Indian journal of veterinary science and animal husbandry - Volume 4,
Year: 1934
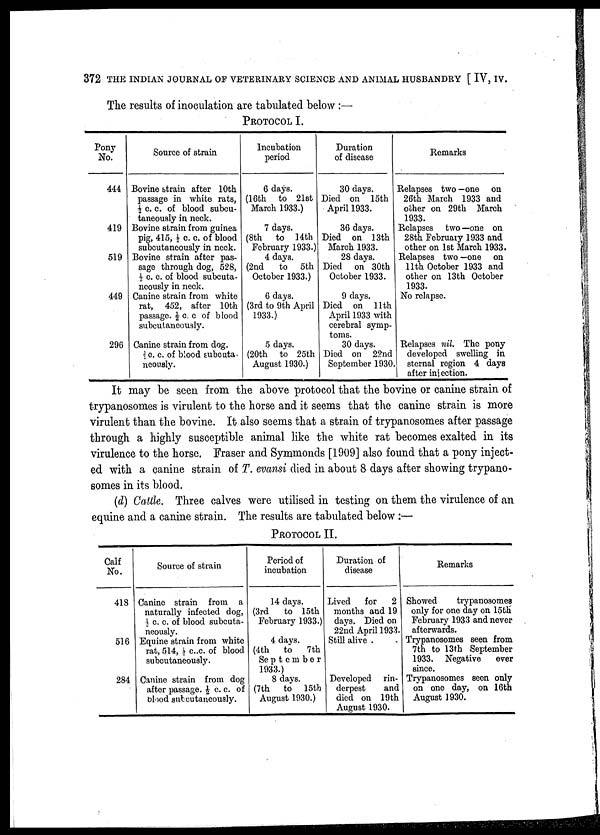
372 THE INDIAN JOURNAL OF VETERINARY SCIENCE AND ANIMAL HUSBANDRY [ IV, IV.
The results of inoculation are tabulated below :—
PROTOCOL I.
Pony
No.
444
419
519
449
296
Source of strain
Bovine strain after 10th
passage in white rats,
½ cc. of blood subcu-
taneously in neck.
Bovine strain from guinea
pig, 415, ½ c. c. of blood
subcutaneously in neck.
Bovine strain after pas-
sage through dog, 528,
½ c. c. of blood subcuta-
neously in neck.
Canine strain from white
rat, 452, after 10th
passage. ½ c. c of blood
subcutaneously.
Canine strain from dog.
½ c. c. of blood subcuta-
neously.
Incubation
period
6 days.
(16th to 21st
March 1933.)
7 days.
(8th
to 14th
February 1933.)
4 days.
(2nd
to
5th
October 1933.)
6 days.
(3rd to 9th April
1933.)
5 days.
(20th to 25th
August 1930.)
Duration
of disease
30 days.
Died on 15th
April 1933.
36 days.
Died on 13th
March 1933.
28 days.
Died on 30th
October 1933.
9 days.
Died on 11th
April 1933 with
cerebral symp-
toms.
30 days.
Died on 22nd
September 1930.
Remarks
Relapses two —one on
26th March 1933 and
other on 29th March
1933.
Relapses two —one on
28th February 1933 and
other on 1st March 1933.
Relapses two —one on
11th October 1933 and
other on 13th October
1933.
No relapse.
Relapses nil. The pony
developed swelling in
sternal region 4 days
after injection.
It may be seen from the above protocol that the bovine or canine strain of
trypanosomes is virulent to the horse and it seems that the canine strain is more
virulent than the bovine. It also seems that a strain of trypanosomes after passage
through a highly susceptible animal like the white rat becomes exalted in its
virulence to the horse. Fraser and Symmonds [1909] also found that a pony inject-
ed with a canine strain of T. evansi died in about 8 days after showing trypano-
somes in its blood.
(d) Cattle. Three calves were utilised in testing on them the virulence of an
equine and a canine strain. The results are tabulated below :—
PROTOCOL II.
Calf
No.
418
516
284
Source of strain
Canine strain from a
naturally infected dog,
½ c. c. of blood subcuta-
neously.
Equine strain from white
rat, 514, ½ c.c. of blood
subcutaneously.
Canine strain from dog
after passage, ½ c. c. of
blood subcutaneously.
Period of
incubation
14 days.
(3rd
to 15th
February 1933.)
4 days.
(4th
to
7th
September
1933.)
8 days.
(7th
to 15th
August 1930.)
Duration of
disease
Lived
for
2
months and 19
days. Died on
22nd April 1933.
Still alive .
Developed rin-
derpest
and
died on 19th
August 1930.
Remarks
Showed
trypanosomes
only for one day on 15th
February 1933 and never
afterwards.
Trypanosomes seen from
7th to 13th September
1933. Negative
ever
since.
Trypanosomes seen only
on one day, on 16th
August 1930.